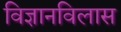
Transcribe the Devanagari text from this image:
विज्ञानविलास